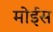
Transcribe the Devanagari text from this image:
मोईस